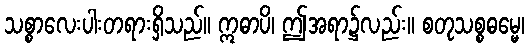
သစ္စာလေးပါးတရားရှိသည်။ ဣဓာပိ၊ ဤအရာ၌လည်း။ စတုသစ္စဓမ္မေ၊